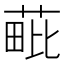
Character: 𦳈